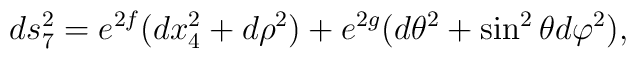
ds_{7}^2 = e^{2f}(dx_{4}^2 + d\rho^2) + e^{2g}(d\theta^2 + \sin^{2}\theta d\varphi^2),